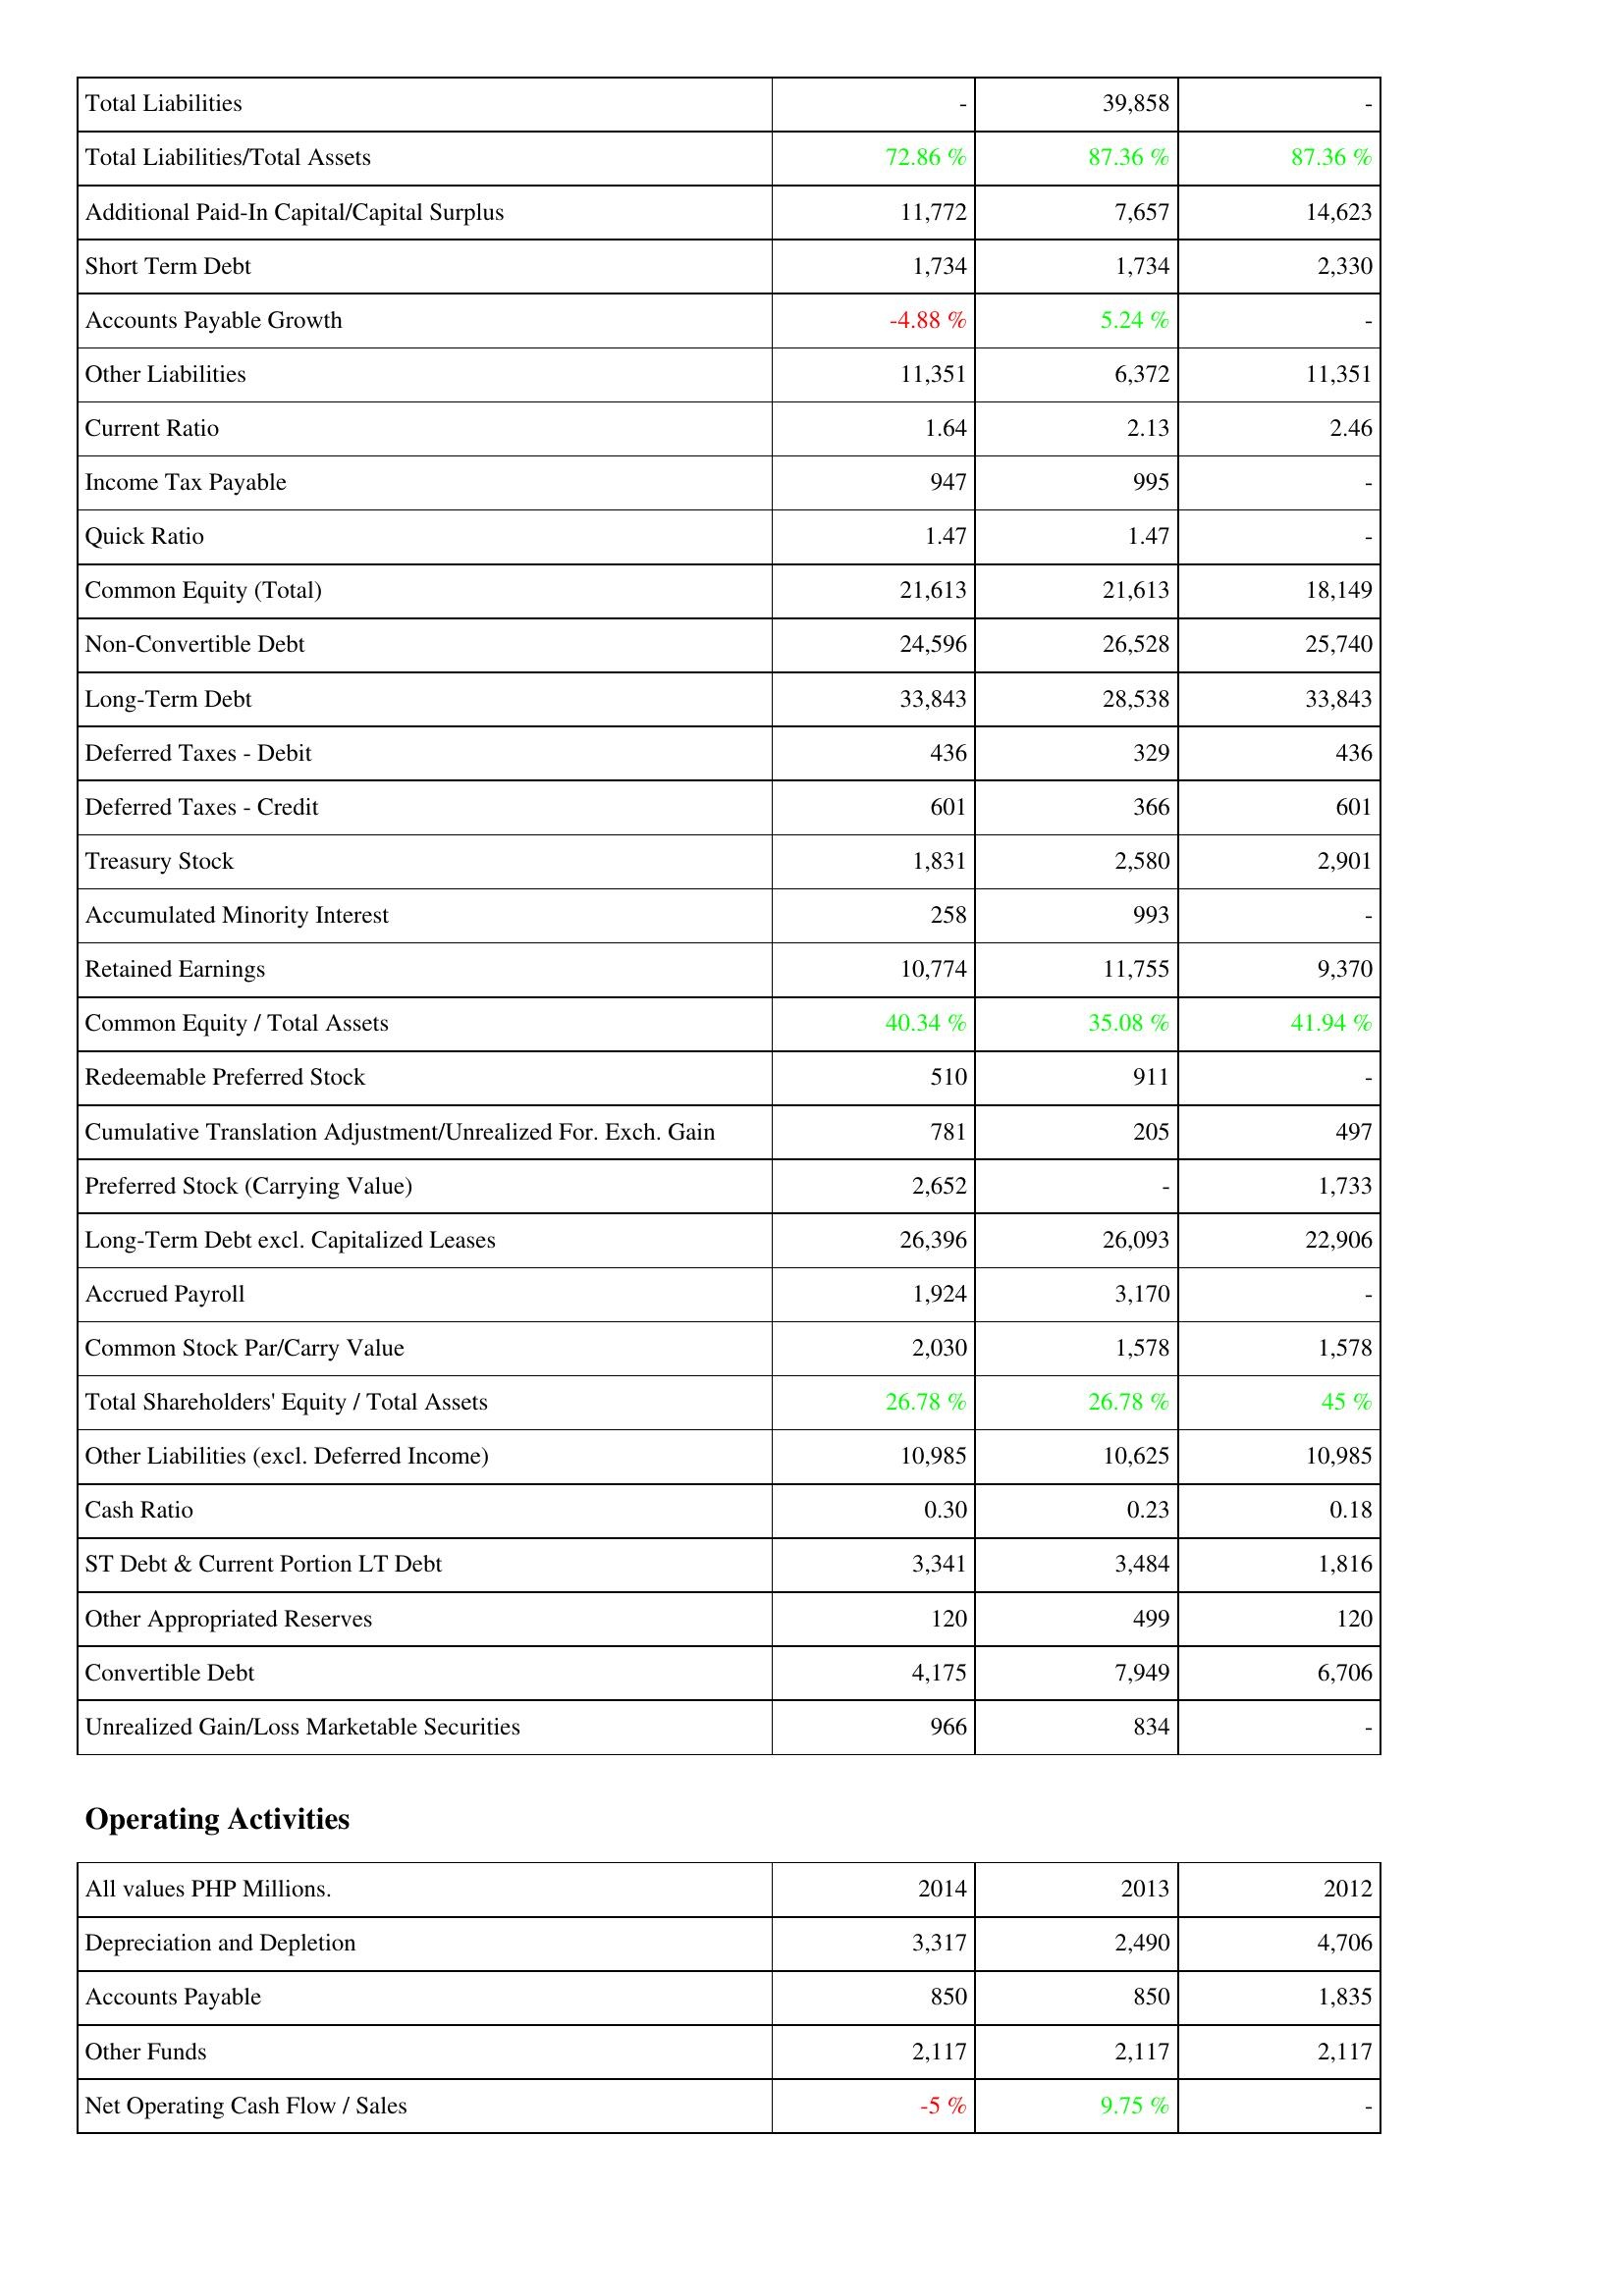
2014: Liabilities & Shareholders' Equity: Total Liabilities: -
Total Liabilities/Total Assets: 72.86 %
Additional Paid-In Capital/Capital Surplus: 11,772
Short Term Debt: 1,734
Accounts Payable Growth: -4.88 %
Other Liabilities: 11,351
Current Ratio: 1.64
Income Tax Payable: 947
Quick Ratio: 1.47
Common Equity (Total): 21,613
Non-Convertible Debt: 24,596
Long-Term Debt: 33,843
Deferred Taxes - Debit: 436
Deferred Taxes - Credit: 601
Treasury Stock: 1,831
Accumulated Minority Interest: 258
Retained Earnings: 10,774
Common Equity / Total Assets: 40.34 %
Redeemable Preferred Stock: 510
Cumulative Translation Adjustment/Unrealized For. Exch. Gain: 781
Preferred Stock (Carrying Value): 2,652
Long-Term Debt excl. Capitalized Leases: 26,396
Accrued Payroll: 1,924
Common Stock Par/Carry Value: 2,030
Total Shareholders' Equity / Total Assets: 26.78 %
Other Liabilities (excl. Deferred Income): 10,985
Cash Ratio: 0.30
ST Debt & Current Portion LT Debt: 3,341
Other Appropriated Reserves: 120
Convertible Debt: 4,175
Unrealized Gain/Loss Marketable Securities: 966
Operating Activities: Depreciation and Depletion: 3,317
Accounts Payable: 850
Other Funds: 2,117
Net Operating Cash Flow / Sales: -5 %
2013: Liabilities & Shareholders' Equity: Total Liabilities: 39,858
Total Liabilities/Total Assets: 87.36 %
Additional Paid-In Capital/Capital Surplus: 7,657
Short Term Debt: 1,734
Accounts Payable Growth: 5.24 %
Other Liabilities: 6,372
Current Ratio: 2.13
Income Tax Payable: 995
Quick Ratio: 1.47
Common Equity (Total): 21,613
Non-Convertible Debt: 26,528
Long-Term Debt: 28,538
Deferred Taxes - Debit: 329
Deferred Taxes - Credit: 366
Treasury Stock: 2,580
Accumulated Minority Interest: 993
Retained Earnings: 11,755
Common Equity / Total Assets: 35.08 %
Redeemable Preferred Stock: 911
Cumulative Translation Adjustment/Unrealized For. Exch. Gain: 205
Preferred Stock (Carrying Value): -
Long-Term Debt excl. Capitalized Leases: 26,093
Accrued Payroll: 3,170
Common Stock Par/Carry Value: 1,578
Total Shareholders' Equity / Total Assets: 26.78 %
Other Liabilities (excl. Deferred Income): 10,625
Cash Ratio: 0.23
ST Debt & Current Portion LT Debt: 3,484
Other Appropriated Reserves: 499
Convertible Debt: 7,949
Unrealized Gain/Loss Marketable Securities: 834
Operating Activities: Depreciation and Depletion: 2,490
Accounts Payable: 850
Other Funds: 2,117
Net Operating Cash Flow / Sales: 9.75 %
2012: Liabilities & Shareholders' Equity: Total Liabilities: -
Total Liabilities/Total Assets: 87.36 %
Additional Paid-In Capital/Capital Surplus: 14,623
Short Term Debt: 2,330
Accounts Payable Growth: -
Other Liabilities: 11,351
Current Ratio: 2.46
Income Tax Payable: -
Quick Ratio: -
Common Equity (Total): 18,149
Non-Convertible Debt: 25,740
Long-Term Debt: 33,843
Deferred Taxes - Debit: 436
Deferred Taxes - Credit: 601
Treasury Stock: 2,901
Accumulated Minority Interest: -
Retained Earnings: 9,370
Common Equity / Total Assets: 41.94 %
Redeemable Preferred Stock: -
Cumulative Translation Adjustment/Unrealized For. Exch. Gain: 497
Preferred Stock (Carrying Value): 1,733
Long-Term Debt excl. Capitalized Leases: 22,906
Accrued Payroll: -
Common Stock Par/Carry Value: 1,578
Total Shareholders' Equity / Total Assets: 45 %
Other Liabilities (excl. Deferred Income): 10,985
Cash Ratio: 0.18
ST Debt & Current Portion LT Debt: 1,816
Other Appropriated Reserves: 120
Convertible Debt: 6,706
Unrealized Gain/Loss Marketable Securities: -
Operating Activities: Depreciation and Depletion: 4,706
Accounts Payable: 1,835
Other Funds: 2,117
Net Operating Cash Flow / Sales: -